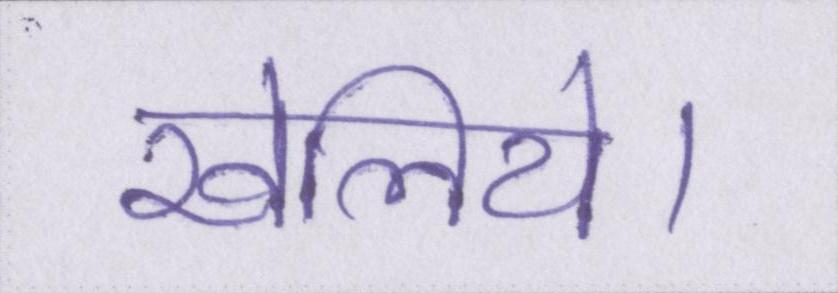
खेलिये।